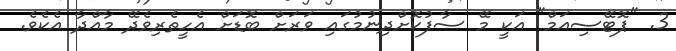
3. "ޕޮޓޭސިއަމް" އަކީ މޭ ސާފުކޮށްދިނުމުގައި ވަރަށް ބޮޑަށް އެހީތެރިވެދޭ މާއްދާ އެކެވެ.